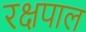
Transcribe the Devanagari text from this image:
रक्षपाल